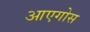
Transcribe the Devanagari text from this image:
आएगोस